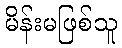
မိန်းမဖြစ်သူ